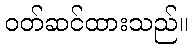
ဝတ်ဆင်ထားသည်။